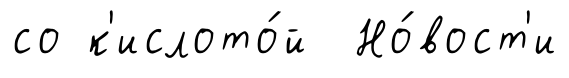
со к'ислото́й Но́вост'и